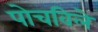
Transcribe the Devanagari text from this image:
पोचविले